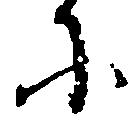
に